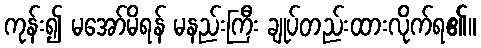
ကုန်း၍ မအော်မိရန် မနည်းကြီး ချုပ်တည်းထားလိုက်ရ၏။